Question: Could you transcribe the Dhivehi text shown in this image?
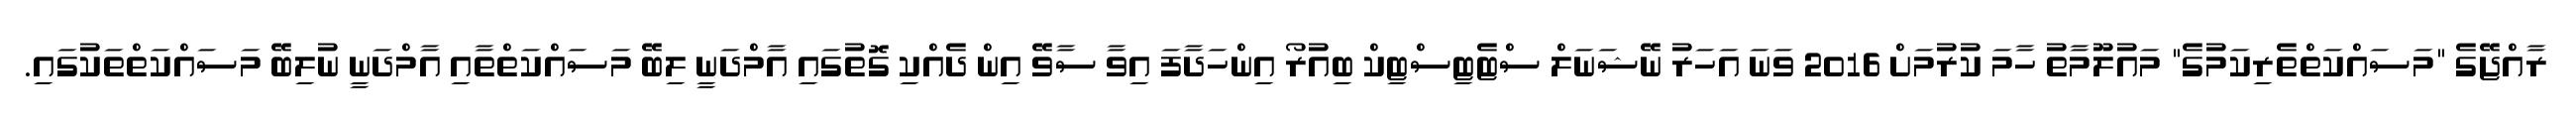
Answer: ރާއްޖޭގެ "މަސައްކަތްތެރިކަމުގެ" މައުލޫމާތު ހާމަ ކުރުމަށް 2016 ވަނަ އަހަރު ނޭޝަނަލް ސްޓެޓިސްޓިކް ބިއުރޯ އިންހަދާފަ އިވާ ސާވޭ އިން ދެއްކި ގޮތުގައި އާމްދަނީ ލިބޭ މަސައްކަތްތާއި އާމްދަނީ ނުލިބޭ މަސައްކަތްތަކުގައި.